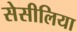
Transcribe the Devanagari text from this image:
सेसीलिया